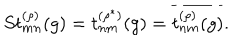
LaTeX: S t _ { m n } ^ { ( \rho ) } ( g ) = t _ { n m } ^ { ( \rho ^ { \ast } ) } ( g ) = \overline { { { t _ { n m } ^ { ( \rho ) } ( g ) } } } .